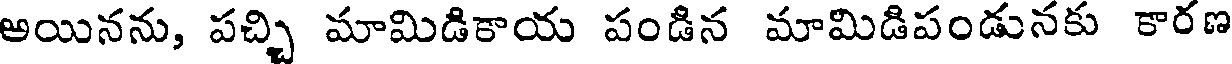
అయినను, పచ్చి మామిడికాయ పండిన మామిడిపండునకు కారణ